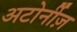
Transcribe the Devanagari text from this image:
अटोर्नीज़